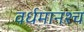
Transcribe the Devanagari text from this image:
वर्धमानश्च